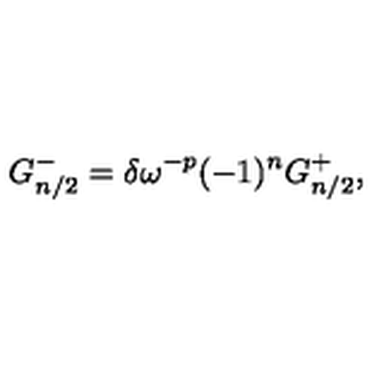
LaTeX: G _ { n / 2 } ^ { - } = \delta \omega ^ { - p } ( - 1 ) ^ { n } G _ { n / 2 } ^ { + } ,